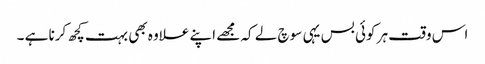
اس وقت ہر کوئی بس یہی سوچ لے کہ مجھے اپنے علاوہ بھی بہت کچھ کرنا ہے ۔